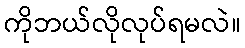
ကိုဘယ်လိုလုပ်ရမလဲ။